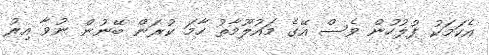
އެކަމަކު ފުލުހުން ވެސް އޭގެ މައުލޫމާތު ހާމަ ކުރަން ބޭނުން ނުވާ އިރު